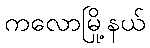
ကလောမြို့နယ်